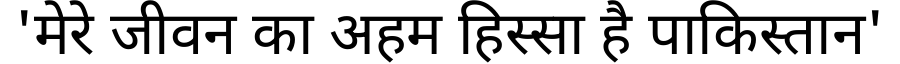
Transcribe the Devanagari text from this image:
'मेरे जीवन का अहम हिस्सा है पाकिस्तान'